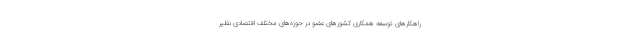
راهکار‌های توسعه همکاری کشور‌های عضو در حوزه‌های مختلف اقتصادی نظیر